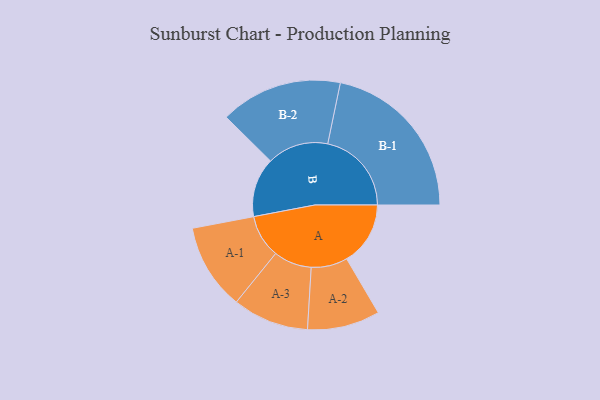
{"axis": {"x": "Segment", "y": "Value"}, "legend": ["", "A", "B"], "data": [{"x": "A", "y": 216, "type": ""}, {"x": "B", "y": 201, "type": ""}, {"x": "A-1", "y": 146, "type": "A"}, {"x": "A-2", "y": 123, "type": "A"}, {"x": "A-3", "y": 129, "type": "A"}, {"x": "B-1", "y": 284, "type": "B"}, {"x": "B-2", "y": 207, "type": "B"}]}